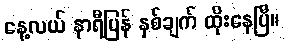
နေ့လယ် နာရီပြန် နှစ်ချက် ထိုးနေပြီ။